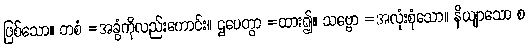
ဖြစ်သော။ တစံ =အခွံကိုလည်းကောင်း။ ဌပေတွာ =ထား၍။ သဗ္ဗော =အလုံးစုံသော။ နိယျာသော စ